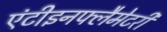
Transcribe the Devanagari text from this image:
एंटीइनफ्लैमेटरी